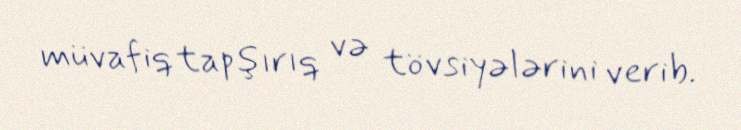
müvafiq tapşırıq və tövsiyələrini verib.